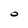
Character: O